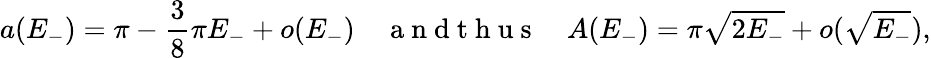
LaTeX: a(E_{-})=\pi-\frac{3}{8}\pi E_{-}+o(E_{-})\quad\mathrm{~a~n~d~t~h~u~s~}\quad A(E_{-})=\pi\sqrt{2E_{-}}+o(\sqrt{E_{-}}),